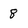
Character: 8